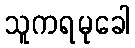
သူကရမုခေါ